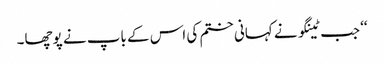
‘‘ جب ٹینگو نے کہانی ختم کی اس کے باپ نے پوچھا۔